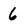
Character: 6